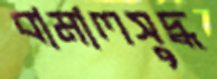
বামালসুদ্ধ